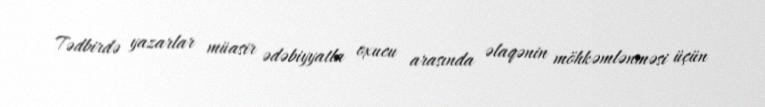
Tədbirdə yazarlar müasir ədəbiyyatla oxucu arasında əlaqənin möhkəmlənməsi üçün